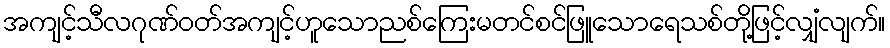
အကျင့်သီလဂုဏ်ဝတ်အကျင့်ဟူသောညစ်ကြေးမတင်စင်ဖြူသောရေသစ်တို့ဖြင့်လျှံလျက်။